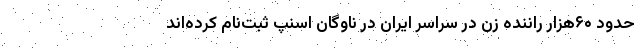
حدود ۶۰هزار راننده زن در سراسر ایران در ناوگان اسنپ ثبت‌نام کرده‌اند